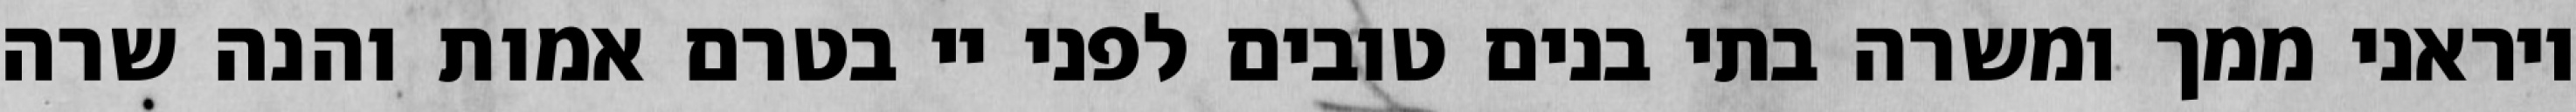
ויראני ממך ומשרה בתי בנים טובים לפני יי בטרם אמות והנה שרה